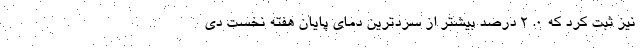
نیز ثبت کرد که ۰. ۲ درصد بیشتر از سردترین دمای پایان هفته نخست دی